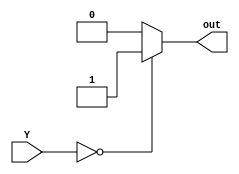
`timescale 1ns / 1ps

module Y_check( input [3:0] Y,
                output reg out );

always @ (*)
begin
    if (Y == 4'b0)
        out = 1;
    else
        out = 0;
end
endmodule